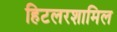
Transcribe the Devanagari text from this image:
हिटलरशामिल